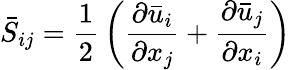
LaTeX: {\bar{S}}_{ij}={\frac{1}{2}}\left({\frac{\partial{\bar{u}}_{i}}{\partial x_{j}}}+{\frac{\partial{\bar{u}}_{j}}{\partial x_{i}}}\right)